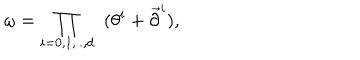
LaTeX: \omega = \prod _ { i = 0 , 1 , . . , d } \; \; ( \theta ^ { i } + \overrightarrow { \partial } ^ { i } ) , \nonumber